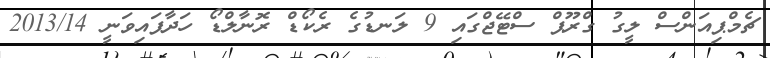
ޗެމްޕިއަންސް ލީގު ގްރޫޕް ސްޓޭޖްގައި 9 ލަނޑުގެ ރެކޯޑް ރޮނާލްޑޯ ހަދާފައިވަނީ 2013/14